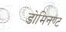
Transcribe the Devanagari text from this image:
डोमिनण्ट